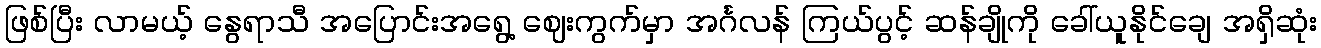
ဖြစ်ပြီး လာမယ့် နွေရာသီ အပြောင်းအရွေ့ ဈေးကွက်မှာ အင်္ဂလန် ကြယ်ပွင့် ဆန်ချိုကို ခေါ်ယူနိုင်ချေ အရှိဆုံး